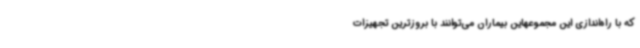
که با راه‌اندازی این مجموعهاین بیماران می‌توانند با بروزترین تجهیزات